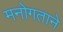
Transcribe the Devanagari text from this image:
मनोगताने